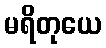
မရိတုယေ